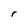
Character: r